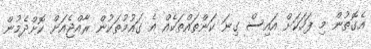
އެގޮތުން މި ފަހަކަށް އައިސް ގިނަ ކަންތައްތަކެއް އެ ގައުމުތަކުން ރާއްޖެއަށް ކޮށްދެމުން